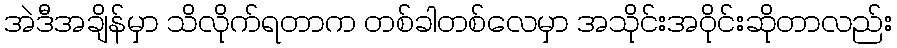
အဲဒီအချိန်မှာ သိလိုက်ရတာက တစ်ခါတစ်လေမှာ အသိုင်းအဝိုင်းဆိုတာလည်း